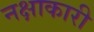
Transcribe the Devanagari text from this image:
नक्षाकारी